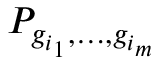
P _ { g _ { i _ { 1 } } , \dots , g _ { i _ { m } } }